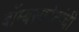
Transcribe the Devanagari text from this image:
बॉम्बस्फोटांची